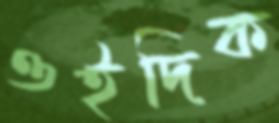
ওইদিক